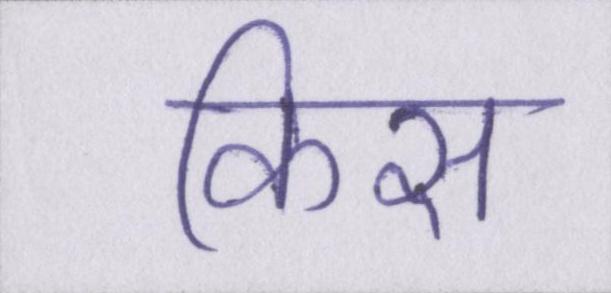
किस